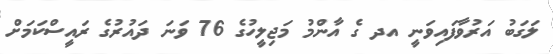
ލަގަބު އަރުވާފައިވަނީ އދ ގެ އާންމު މަޖިލީހުގެ 76 ވަނަ ދައުރުގެ ރައީސްކަމަށް